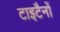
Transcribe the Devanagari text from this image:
टाइटैनों